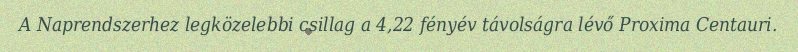
A Naprendszerhez legközelebbi csillag a 4,22 fényév távolságra lévő Proxima Centauri.